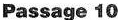
Passage 10